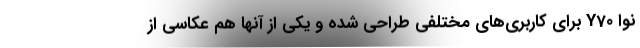
نوا Y70 برای کاربری‌های مختلفی طراحی شده و یکی از آنها هم عکاسی از